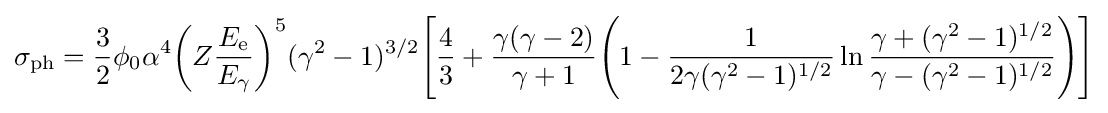
\sigma _{\text{ph}}={\frac {3}{2}}\phi _{0}\alpha ^{4}{\biggl (}Z{\frac {E_{\text{e}}}{E_{\gamma }}}{\biggr )}^{5}(\gamma ^{2}-1)^{3/2}{\Biggl [}{\frac {4}{3}}+{\frac {\gamma (\gamma -2)}{\gamma +1}}{\Biggl (}1-{\frac {1}{2\gamma (\gamma ^{2}-1)^{1/2}}}\ln {\frac {\gamma +(\gamma ^{2}-1)^{1/2}}{\gamma -(\gamma ^{2}-1)^{1/2}}}{\Biggr )}{\Biggr ]}